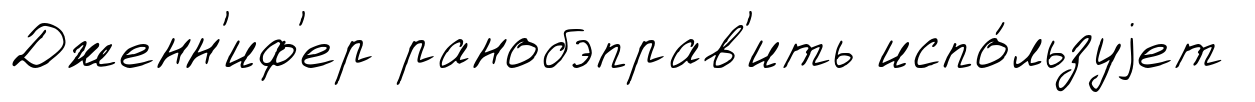
Дженн'иф'ер ранобэправ'ить испо́льзуjет